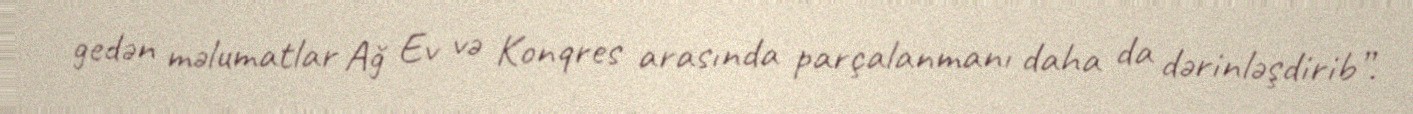
gedən məlumatlar Ağ Ev və Konqres arasında parçalanmanı daha da dərinləşdirib”.